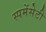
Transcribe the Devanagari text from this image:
स्पमेंसेटी